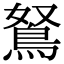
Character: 鴑